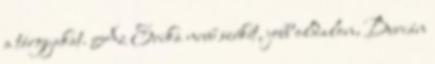
a tárgyakat. Az Erika nevű székét, jobb oldalon, Burián